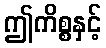
ဤကိစ္စနှင့်